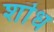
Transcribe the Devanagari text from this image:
शॊध